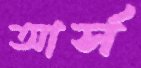
আর্স